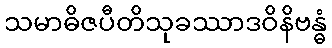
သမာဓိဇပီတိသုခဿာဒဝိနိဗန္ဓံ